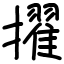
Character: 擢